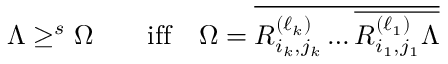
\Lambda \geq ^ { s } \Omega \qquad \mathrm { i f f } \quad \Omega = \overline { { { R _ { i _ { k } , j _ { k } } ^ { ( \ell _ { k } ) } \dots \overline { { { R _ { i _ { 1 } , j _ { 1 } } ^ { ( \ell _ { 1 } ) } \Lambda } } } } } }